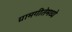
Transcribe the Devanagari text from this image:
ग्रामगीतेमध्ये